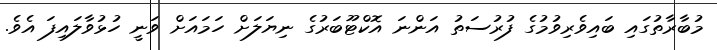
މުބާރާތުގައި ބައިވެރިވުމުގެ ފުރުސަތު އަންނަ އޮކްޓޫބަރުގެ ނިޔަލަށް ހަމައަށް ވަނީ ހުޅުވާލައިފަ އެވެ.